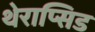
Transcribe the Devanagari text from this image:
थेराप्सिड